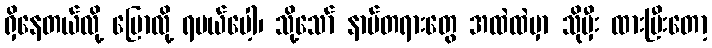
ရှိနေတယ်လို့ ပြောလို့ ရမယ်ပေါ့၊ သို့သော် နာမ်တရားတွေ အထဲထဲမှာ သိုမှီး ထားပြီးတော့